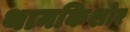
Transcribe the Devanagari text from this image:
थामकिशोर